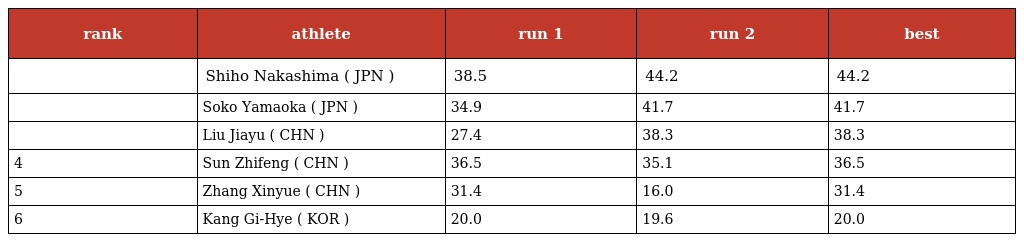
| rank | athlete | run 1 | run 2 | best |
 | --- | --- | --- | --- | --- |
 |  | Shiho Nakashima ( JPN ) | 38.5 | 44.2 | 44.2 |
 |  | Soko Yamaoka ( JPN ) | 34.9 | 41.7 | 41.7 |
 |  | Liu Jiayu ( CHN ) | 27.4 | 38.3 | 38.3 |
 | 4 | Sun Zhifeng ( CHN ) | 36.5 | 35.1 | 36.5 |
 | 5 | Zhang Xinyue ( CHN ) | 31.4 | 16.0 | 31.4 |
 | 6 | Kang Gi-Hye ( KOR ) | 20.0 | 19.6 | 20.0 |